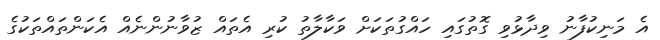
އެ މަނިކުފާނު ވިދާޅުވި ގޮތުގައި ހައްގުތަކަށް ވަކާލާތު ކުރި އެތައް ޒުވާނުންނެއް އެކަންތައްތަކުގެ